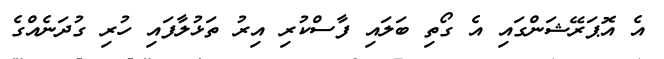
އެ އޮޕަރޭޝަންގައި އެ ގޯތި ބަލައި ފާސްކުރި އިރު ތަޅުލާފައި ހުރި ގުދަނެއްގެ